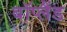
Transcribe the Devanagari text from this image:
बॉप्लैंड